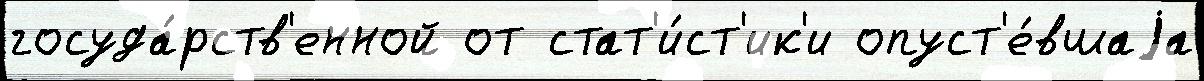
госуда́рств'енной от стат'и́ст'ик'и опуст'е́вшаjа